General report no. 6 on the lunatic asylums, vaccination and dispensaries in the Bengal Presidency, 1873 -
Year: 1873
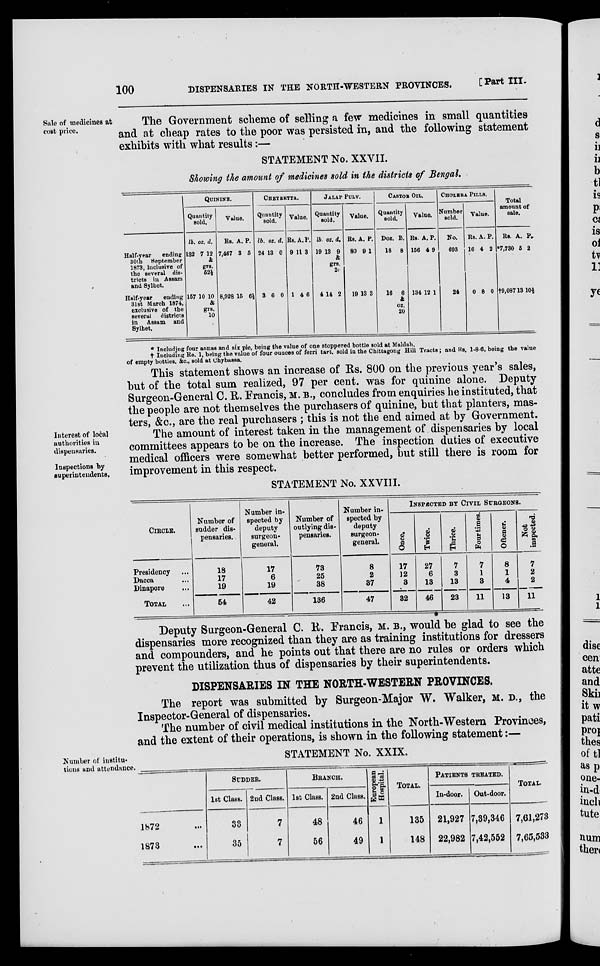
100
DISPENSARIES IN THE NORTH.WESTERN PROVINCES.
[Part III.
Sale of medicines at
cost price.
The Government scheme of selling a few medicines in small quantities
and at cheap rates to the poor was persisted in, and the following statement
exhibits with what results:—
STATEMENT No. XXVII.
Showing the amount of medicines sold in the districts of Bengal.
Half-rear
ending
30th Meptcmber
1873, inclusire of
the several dis-
tricts in Assam
and Sylhet.
Half-year
ending
31st March 1874,
exclusive of the
several
districts
in Assam and
Sylhet.
QUININE.
Quantity
sold.
lb.
132
157
oz.
7
10
d.
12
&
grs
52½
10
&
grs.
10
Value.
Rs.
7,487
8,928
A.
3
15
P.
5
6½
CHEYRETTA.
Quantity
sold.
lb.
24
3
oz.
13
6
d.
0
0
Value.
Rs
9
1
A
11
4
P.
3
6
JALAP PULV.
Quantity
sold.
lb
19
4
oz
13
14
d.
9
&
20
2
Value.
Rs.
80
19
A.
9
13
P.
1
3
CASTOR OIL.
Quantity
sold.
Dos.
18
16
B.
8
8
&
oz.
20
Value.
Rs
156
184
A.
4
12
P.
9
1
CHOLERA PILLS.
Number
sold.
No.
693
24
Value.
Rs.
16
0
A.
4
8
P.
2
0
Total
amount of
sale.
Rs.
*7,730
†9,087
A.
5
13
P.
2
10½.
* Including four annas and six pie, being the value of one stoppered bottle sold at Msldah.
† Including Re. 1, being the value of four ounces of ferri tart. sold in the Chittagong Hill Tracts; and Its. 1.8.0, being the value
of empty bottles. &c., sold at Chybassa.
Interest of local
authorities in
dispensaries.
Inspections by
superintendents.
This statement shows an increase of Rs. 800 on the previous year's sales,
but of the total sum realized, 97 per cent. was for quinine alone. Deputy
Surgeon-General C. R. Francis, M. B., concludes from enquiries he instituted, that
the people are not themselves the purchasers of quinine, but that planters, mas-
ters, &c, are the real purchasers ; this is not the end aimed at by Government.
The amount of interest taken in the management of dispensaries by local
committees appears to be on the increase. The inspection duties of executive
medical officers were somewhat better performed, but still there is room for
improvement in this respect.
STATEMENT No. XXVIII.
CIRCLE.
Presidency ...
Dacca ...
Dinapore ...
TOTAL ...
Number of
sudder dis-
pensaries.
18
17
19
54
Number in-
spected by
deputy
surgeon.
general.
17
6
19
42
Number of
outlying dis-
pensaries.
73
25
38
136
Number in-
spected by
deputy
surgeon.
general.
8
2
37
47
INSPECTED BY CIVIL SURGEONS.
Once.
17
12
3
82
Twice.
27
6
13
46
Thrice.
7
3
13
23
Four times.
7
1
3
11
Oftener.
8
1
4
13
Not
inspected.
7
2
2
11
Deputy Surgeon-General C. R. Francis, M. B., would be glad to see the
dispensaries more recognized than they are as training institutions for dressers
and compounders, and he points out that there are no rules or orders which
prevent the utilization thus of dispensaries by their superintendents.
DISPENSARIES IN THE NORTH-WESTERN PROVINCES.
The report was submitted by Surgeon.Major W. Walker, M. D., the
Inspector-General of dispensaries.
The number of civil medical institutions in the North-Western Provinces,
and the extent of their operations, is shown in the following statement:—
Number of institu-
tions and attendance.
STATEMENT No. XXIX.
1872 ...
1873 ...
SUDDER.
1st Class.
33
35
2nd Class.
7
7
BRANCH.
1st Class.
48
56
2nd Class.
46
49
European
Hospital.
1
1
TOTAL.
135
148
PATIENTS
In-door.
21,927
22,982
TREATED.
Out-door.
7,39,346
7,42,552
TOTAL.
7,61,273
7,65,533